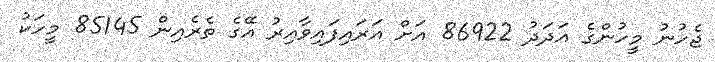
ޖެހުނު މީހުންގެ އަދަދު 86922 އަށް އަރައިފައިވާއިރު އޭގެ ތެރެއިން 85145 މީހަކު